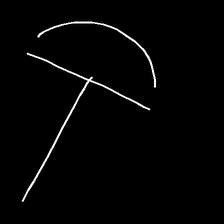
Glyph: dispersion